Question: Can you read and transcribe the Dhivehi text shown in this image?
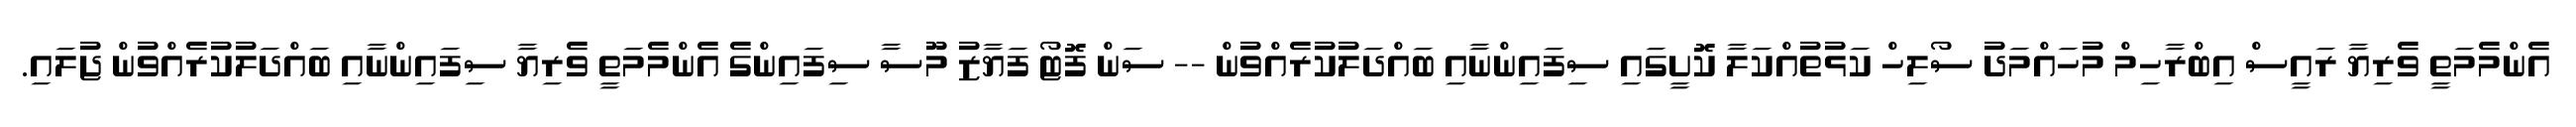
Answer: އެންމެމަތީ ވެރިޔާ ރައީސް އިބްރާހިމް މުހައްމަދު ސޯލިހް ކަޅުތުއްކަލާ ކޮށީގައި ސިފައިންނާއި ބައްދަލުކުރެއްވުން -- ސަން ފޮޓޯ ފަޔާޒު މޫސާ ސިފައިންގެ އެންމެމަތީ ވެރިޔާ ސިފައިންނާއި ބައްދަލުކުރެއްވުން ޖުލައި.